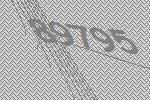
89795